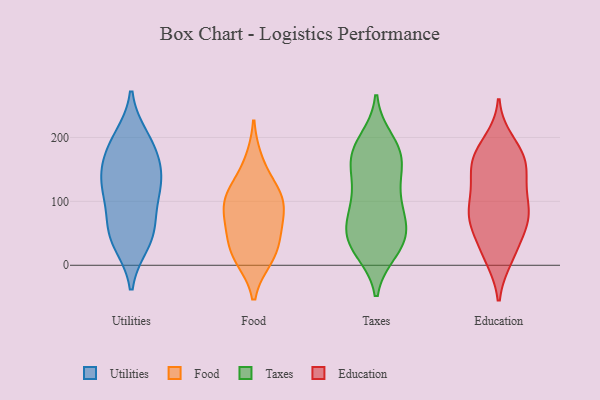
{"axis": {"x": "Market Share (%)", "y": "Value"}, "legend": ["Education", "Food", "Taxes", "Utilities"], "data": [{"x": "", "y": 54, "type": "Utilities"}, {"x": "", "y": 126, "type": "Utilities"}, {"x": "", "y": 178, "type": "Utilities"}, {"x": "", "y": 121, "type": "Utilities"}, {"x": "", "y": 135, "type": "Utilities"}, {"x": "", "y": 111, "type": "Utilities"}, {"x": "", "y": 155, "type": "Utilities"}, {"x": "", "y": 65, "type": "Utilities"}, {"x": "", "y": 43, "type": "Utilities"}, {"x": "", "y": 36, "type": "Utilities"}, {"x": "", "y": 189, "type": "Utilities"}, {"x": "", "y": 198, "type": "Utilities"}, {"x": "", "y": 10, "type": "Food"}, {"x": "", "y": 11, "type": "Food"}, {"x": "", "y": 44, "type": "Food"}, {"x": "", "y": 90, "type": "Food"}, {"x": "", "y": 112, "type": "Food"}, {"x": "", "y": 78, "type": "Food"}, {"x": "", "y": 111, "type": "Food"}, {"x": "", "y": 30, "type": "Food"}, {"x": "", "y": 66, "type": "Food"}, {"x": "", "y": 163, "type": "Food"}, {"x": "", "y": 114, "type": "Food"}, {"x": "", "y": 33, "type": "Taxes"}, {"x": "", "y": 195, "type": "Taxes"}, {"x": "", "y": 31, "type": "Taxes"}, {"x": "", "y": 27, "type": "Taxes"}, {"x": "", "y": 108, "type": "Taxes"}, {"x": "", "y": 51, "type": "Taxes"}, {"x": "", "y": 55, "type": "Taxes"}, {"x": "", "y": 175, "type": "Taxes"}, {"x": "", "y": 121, "type": "Taxes"}, {"x": "", "y": 150, "type": "Taxes"}, {"x": "", "y": 23, "type": "Taxes"}, {"x": "", "y": 97, "type": "Taxes"}, {"x": "", "y": 87, "type": "Taxes"}, {"x": "", "y": 59, "type": "Taxes"}, {"x": "", "y": 153, "type": "Taxes"}, {"x": "", "y": 170, "type": "Taxes"}, {"x": "", "y": 65, "type": "Taxes"}, {"x": "", "y": 175, "type": "Taxes"}, {"x": "", "y": 184, "type": "Taxes"}, {"x": "", "y": 70, "type": "Education"}, {"x": "", "y": 155, "type": "Education"}, {"x": "", "y": 114, "type": "Education"}, {"x": "", "y": 81, "type": "Education"}, {"x": "", "y": 81, "type": "Education"}, {"x": "", "y": 173, "type": "Education"}, {"x": "", "y": 18, "type": "Education"}, {"x": "", "y": 159, "type": "Education"}, {"x": "", "y": 20, "type": "Education"}, {"x": "", "y": 12, "type": "Education"}, {"x": "", "y": 91, "type": "Education"}, {"x": "", "y": 126, "type": "Education"}, {"x": "", "y": 83, "type": "Education"}, {"x": "", "y": 141, "type": "Education"}, {"x": "", "y": 193, "type": "Education"}, {"x": "", "y": 62, "type": "Education"}, {"x": "", "y": 176, "type": "Education"}, {"x": "", "y": 163, "type": "Education"}, {"x": "", "y": 59, "type": "Education"}]}